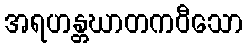
အရဟန္တဃာတကဝီသော